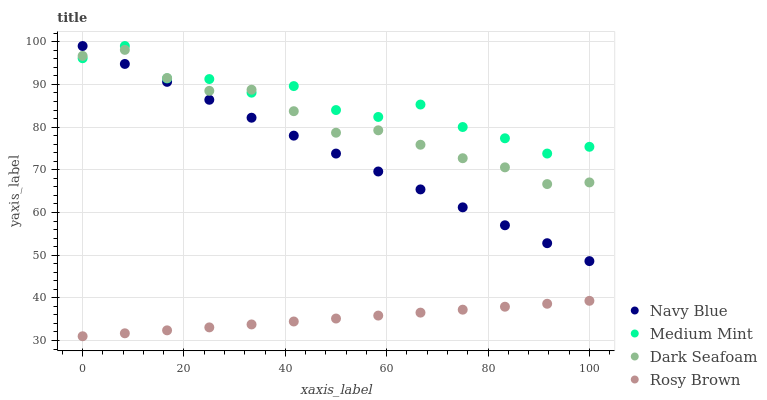
| xaxis_label | Navy Blue | Medium Mint | Dark Seafoam | Rosy Brown |
 | --- | --- | --- | --- | --- |
 | 0 | 99 | 96.1 | 96.7 | 31 |
 | 8.33 | 94.8 | 99 | 98.1 | 31.7 |
 | 16.7 | 90.6 | 91.4 | 91.5 | 32.4 |
 | 25 | 86.4 | 91.3 | 88.5 | 33.1 |
 | 33.3 | 82.2 | 88.1 | 88.8 | 33.8 |
 | 41.7 | 78 | 89.6 | 83.7 | 34.5 |
 | 50 | 73.8 | 84 | 78.7 | 35.2 |
 | 58.3 | 69.6 | 82.4 | 79.2 | 35.8 |
 | 66.7 | 65.4 | 85.3 | 75.9 | 36.5 |
 | 75 | 61.2 | 80 | 72.7 | 37.2 |
 | 83.3 | 57 | 77.4 | 70.6 | 37.9 |
 | 91.7 | 52.8 | 73.8 | 66.7 | 38.6 |
 | 100 | 48.6 | 75.4 | 67 | 39.3 |